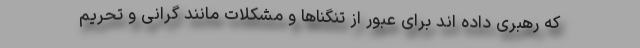
که رهبری داده اند برای عبور از تنگناها و مشکلات مانند گرانی و تحریم